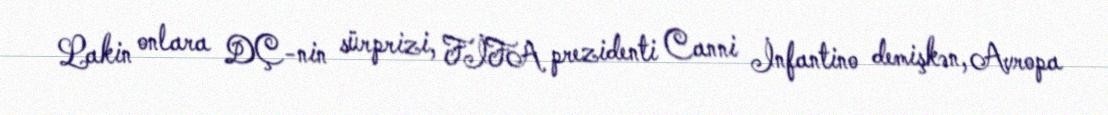
Lakin onlara DÇ-nin sürprizi, FİFA prezidenti Canni İnfantino demişkən, Avropa